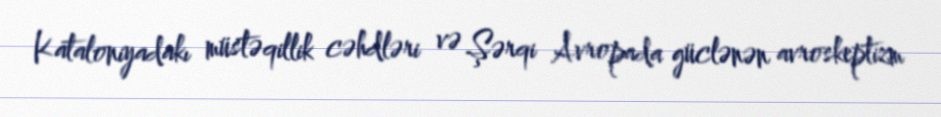
Kataloniyadakı müstəqillik cəhdləri və Şərqi Avropada güclənən avroskeptizm